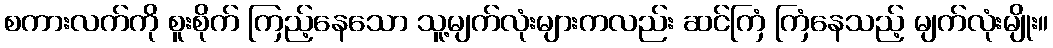
စကားလက်ကို စူးစိုက် ကြည့်နေသော သူ့မျက်လုံးများကလည်း ဆင်ကြံ ကြံနေသည့် မျက်လုံးမျိုး။